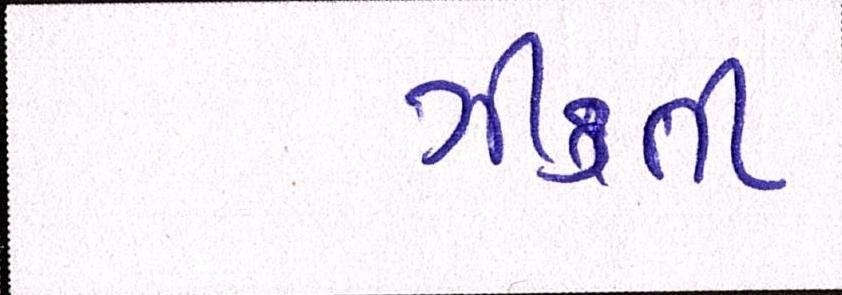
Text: ઝીંકતી